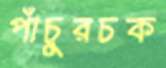
পাঁচুরচক